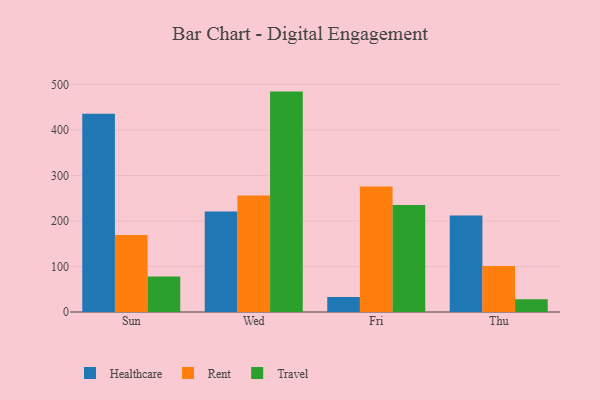
{"axis": {"x": "Day", "y": "Operating Costs (USD K)"}, "legend": ["Healthcare", "Rent", "Travel"], "data": [{"x": "Sun", "y": 435.5, "type": "Healthcare"}, {"x": "Sun", "y": 169.1, "type": "Rent"}, {"x": "Sun", "y": 78.0, "type": "Travel"}, {"x": "Wed", "y": 220.9, "type": "Healthcare"}, {"x": "Wed", "y": 255.8, "type": "Rent"}, {"x": "Wed", "y": 484.4, "type": "Travel"}, {"x": "Fri", "y": 33.1, "type": "Healthcare"}, {"x": "Fri", "y": 276.0, "type": "Rent"}, {"x": "Fri", "y": 235.2, "type": "Travel"}, {"x": "Thu", "y": 212.3, "type": "Healthcare"}, {"x": "Thu", "y": 101.2, "type": "Rent"}, {"x": "Thu", "y": 27.9, "type": "Travel"}]}